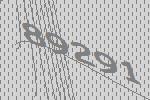
89291